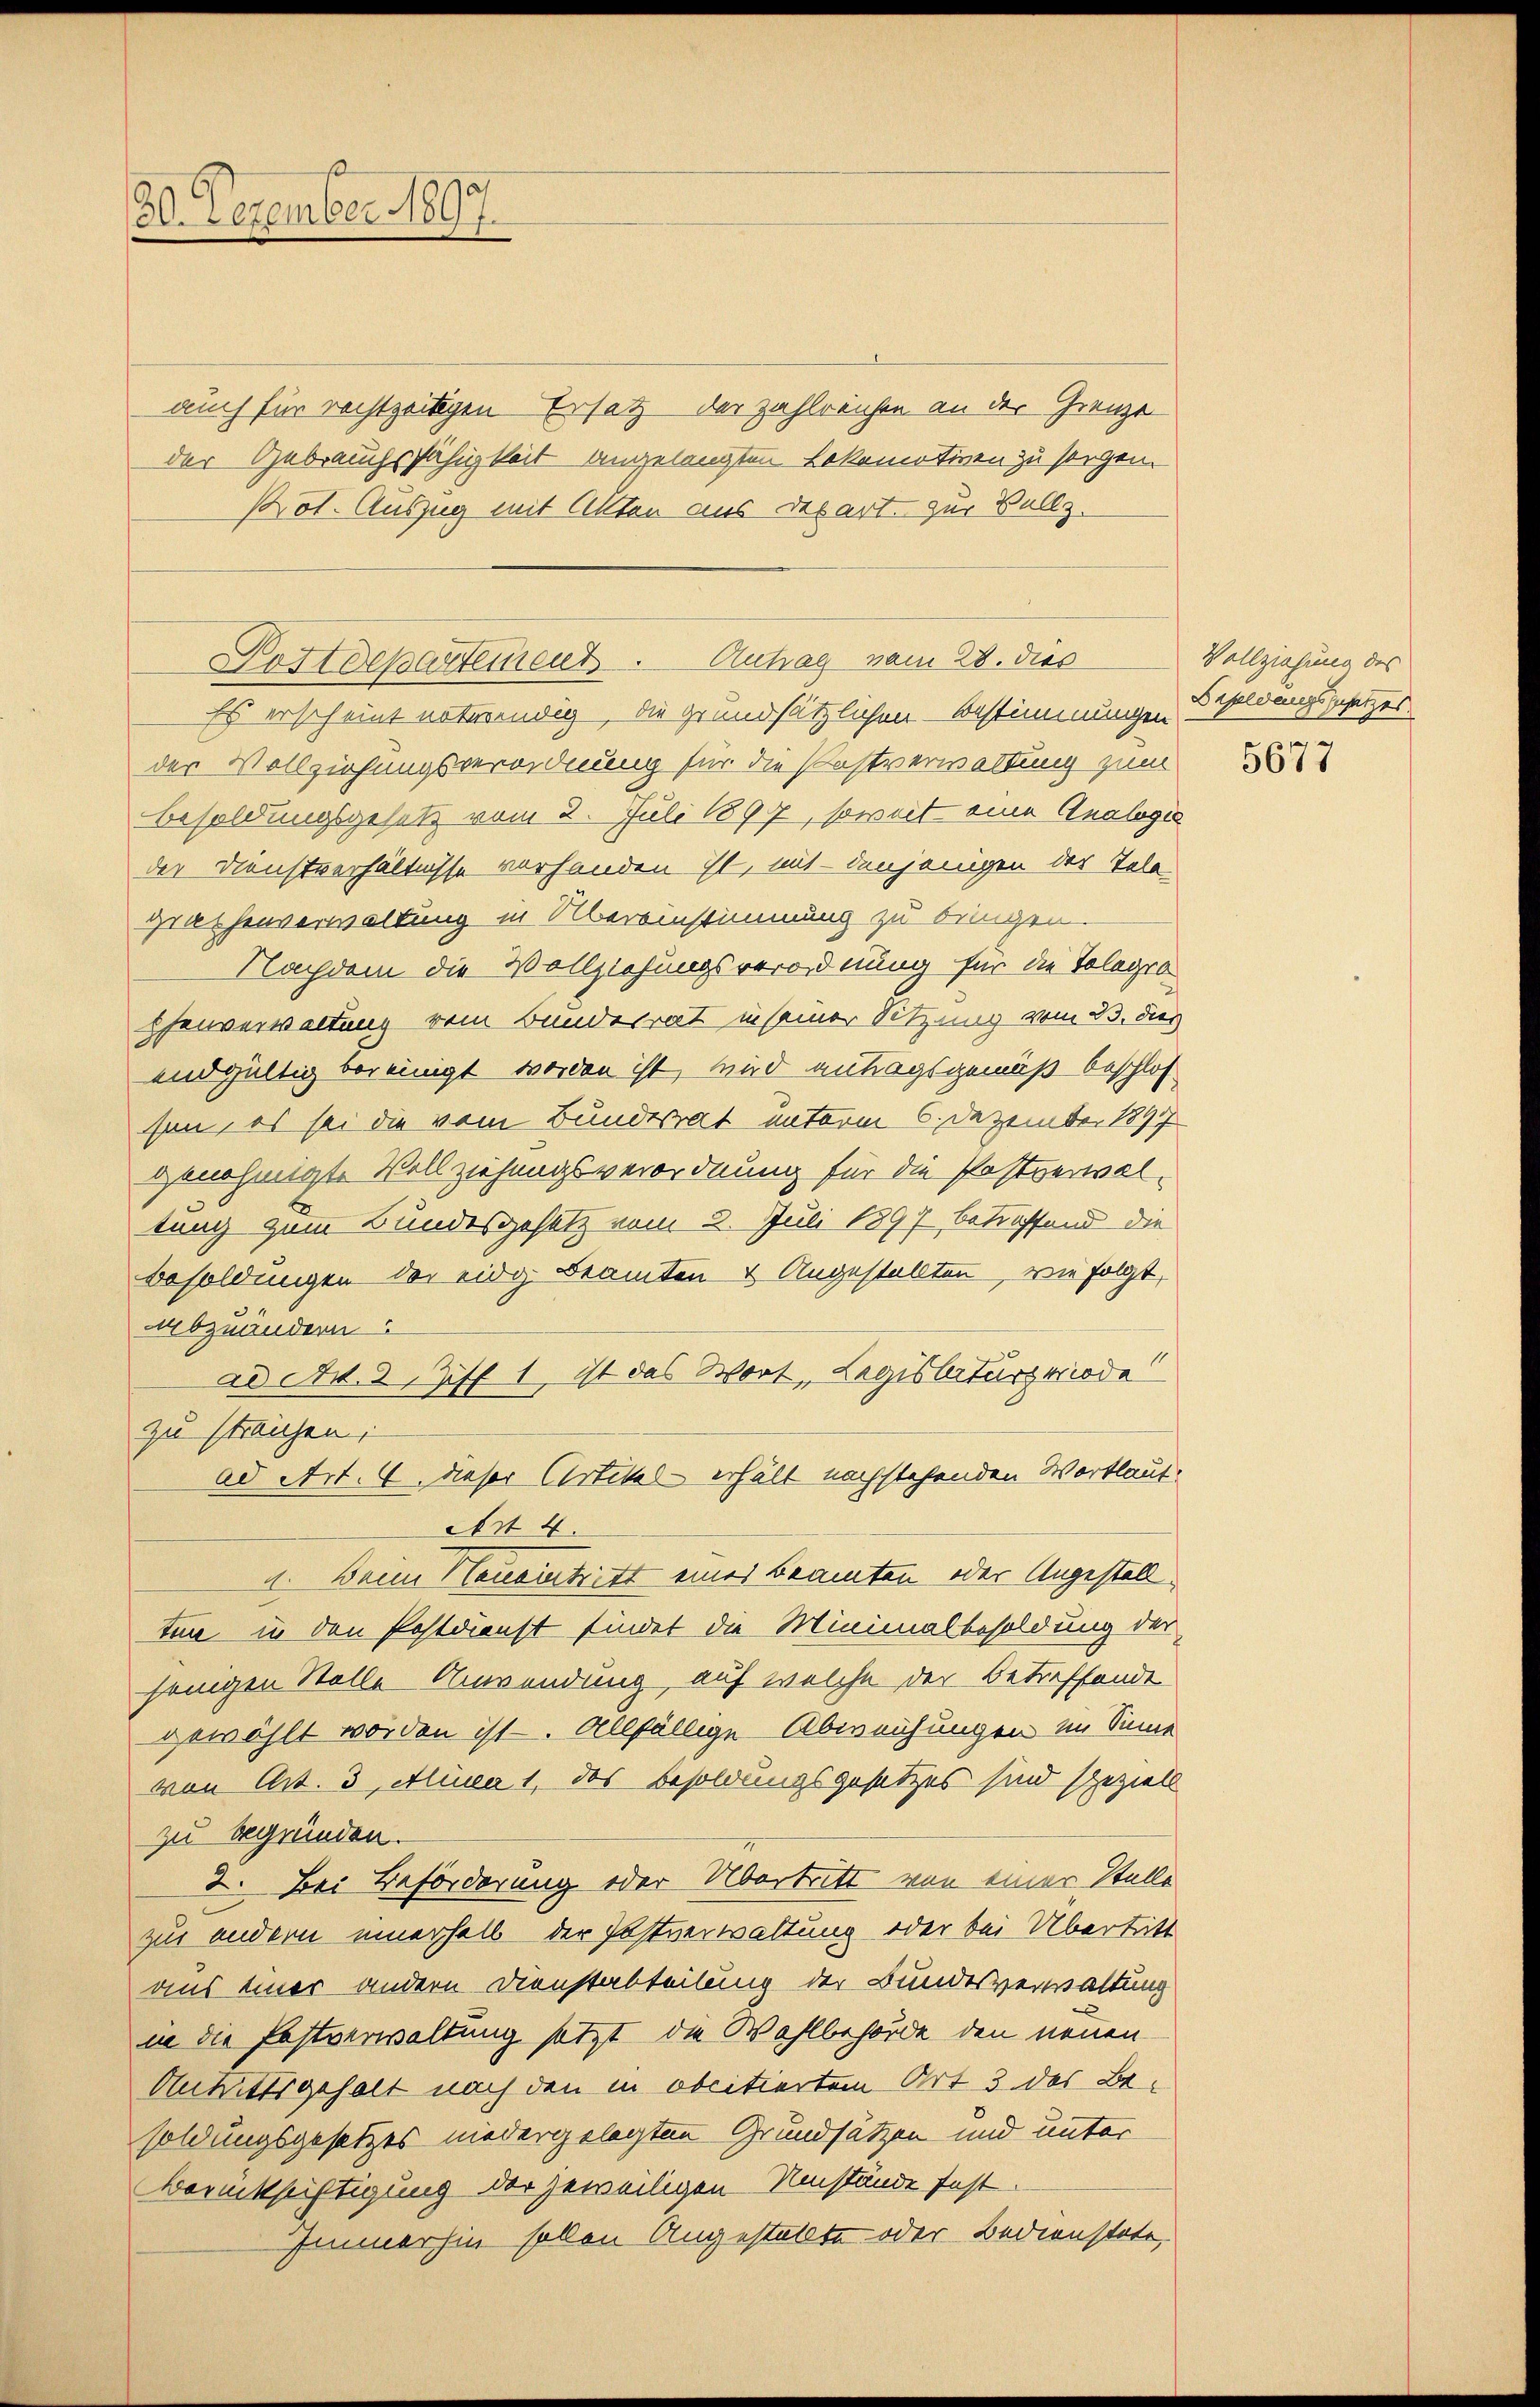
80. Dezember 1897.

auch für rechtzeitigen Ersatz der zahlreichen an der Grenze
der Gebrauchsfähigkeit angelangten Lokomotiven zu sorgen.
Prot. Auszug mit Alten aus Depart zur Vollz.

Postdepartement. Antrag vom 28. dies

Es erscheint notwendig, die grundsätzlichen Bestimmungen Besoldungsgesetzes
der Vollziehungsverordnung für die Postverwaltung zum
Besoldungsgesetz vom 2. Juli 1897, soweit eine Analoge
der Dienstverhältnisse vorhanden ist, mit denjenigen der Tele
grathenverwaltung in Übereinstimmung zu bringen.
Nachdem die Vollziehungsverordnung für die Tologis
phenverwaltung vom Bundesrat in seiner Sitzung vom 23. dies
endgültig bereinigt worden ist, wird antragsgemäß beschlos
sen, es sei die vom Bundesrat unterm 6. Dezember 1897
genehmigte Vollziehungsverordnung für die Postverwal-
tung zum Bundesgesetz vom 2. Juli 1897 betreffend die
Besoldungen der eidg Beamten & Angestellten, wie folgt,
abzuändern
ad d. 2, Ziff 1, ist das Wort, Legislaturgeriode
zu streichen;
Ad Art. 6. dieser Artikel erhält nachstehenden Wortlaut.
Art 4.
4. Beim Haueintritt eines Beamten oder Angestall
ten in den Postdienst findet die Minimalbesoldung der
jenigen Stelle Anwendung, auf welche der Betreffende
gewählt worden ist. Allfällige Abweichungen im Sinne
von Art. 3, Alinea 1, das Besoldungsgesetzes sind speziell
zu begründen.
2. Bei Beförderung oder Übertritt von einer Stelle
zur andern innerhalb der Postverwaltung oder bei Übertritt
aus einer andern Dienstabteilung der Bundesverwaltung
in die Postverwaltung setzt die Wahlbehörde den neuen
Anmutsgehalt nach den in obcitierten Art 3 des Besoldungsgesetzes niedergelegten Grundsätzen und unter
Berücksichtigung der jeweiligen Umstände fest.
Immerhin sollen Angestellte oder Bedienstete,

Vollziehung des
5677